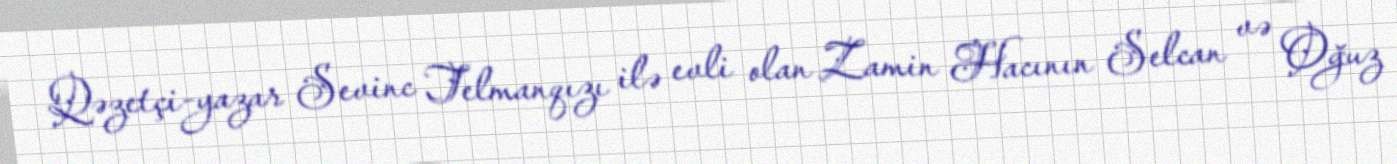
Qəzetçi-yazar Sevinc Telmanqızı ilə evli olan Zamin Hacının Selcan və Oğuz